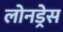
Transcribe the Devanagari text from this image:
लोनड्रेस